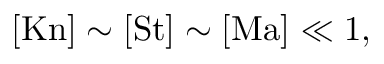
[ \mathrm { K n } ] \sim [ \mathrm { S t } ] \sim [ \mathrm { M a } ] \ll 1 ,